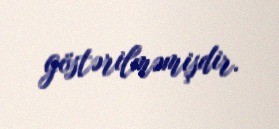
göstərilməmişdir.